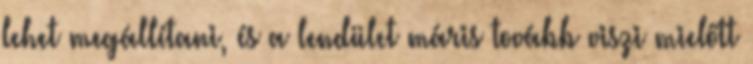
lehet megállítani, és a lendület máris tovább viszi mielőtt